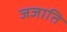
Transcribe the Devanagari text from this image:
जजाति